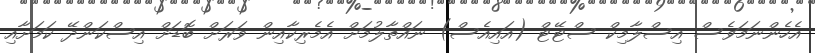
އެހެންނަމަވެސް އިސްލާމިކް ސްޓޭޓް (އައިއެސް) ނައްތާލުމަށް އެމެރިކާއިން ވަރަށް ބޮޑަށް އިސްކަންދޭ ކަމަށާއި